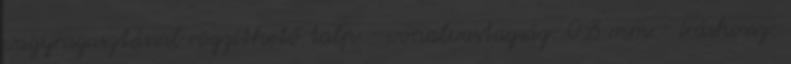
vagyragasztással rögzíthető talp - vonalvastagság: 0,8 mm - íráshossz: